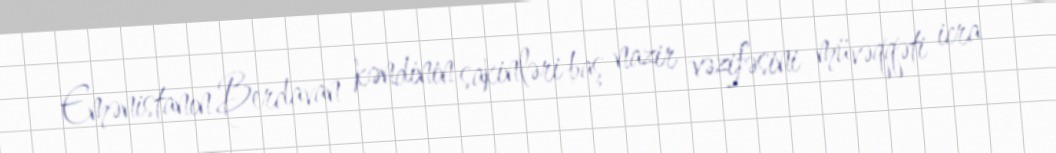
Emənistanın Berdavan kəndinin sakinləri baş nazir vəzifəsini müvəqqəti icra